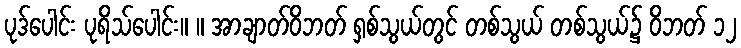
ပုဒ်ပေါင်း ပုရိသ်ပေါင်း။ ။ အာချာတ်ဝိဘတ် ရှစ်သွယ်တွင် တစ်သွယ် တစ်သွယ်၌ ဝိဘတ် ၁၂